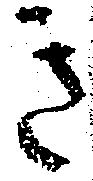
き